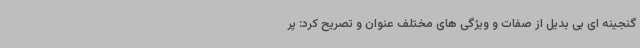
گنجینه ای بی بدیل از صفات و ویژگی های مختلف عنوان و تصریح کرد: پر